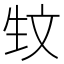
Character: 𰕚